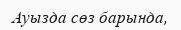
Ауызда сөз барында,